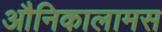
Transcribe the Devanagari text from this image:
औनिकालामस